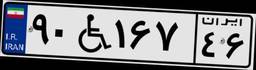
۷۸W۵۲۸۲۸